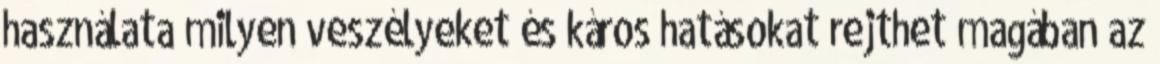
használata milyen veszélyeket és káros hatásokat rejthet magában az